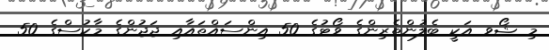
މި ޝޯވ އަކީ ބެލުންތެރިންގެ ވޯޓުގެ 50 އިންސައްތައާއި ޖަޖުންގެ މާކުސްގެ 50